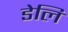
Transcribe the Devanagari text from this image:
डेलि